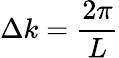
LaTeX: \Delta k=\frac{2\pi}{L}